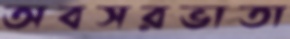
অবসরভাতা